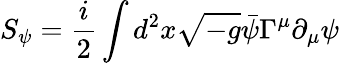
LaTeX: S_{\psi}=\frac{i}{2}\int d^{2}x\sqrt{-g}\bar{\psi}\Gamma^{\mu}\partial_{\mu}\psi